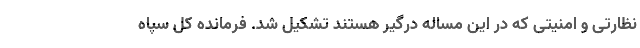
نظارتی و امنیتی که در این مساله درگیر هستند تشکیل شد. فرمانده کل سپاه